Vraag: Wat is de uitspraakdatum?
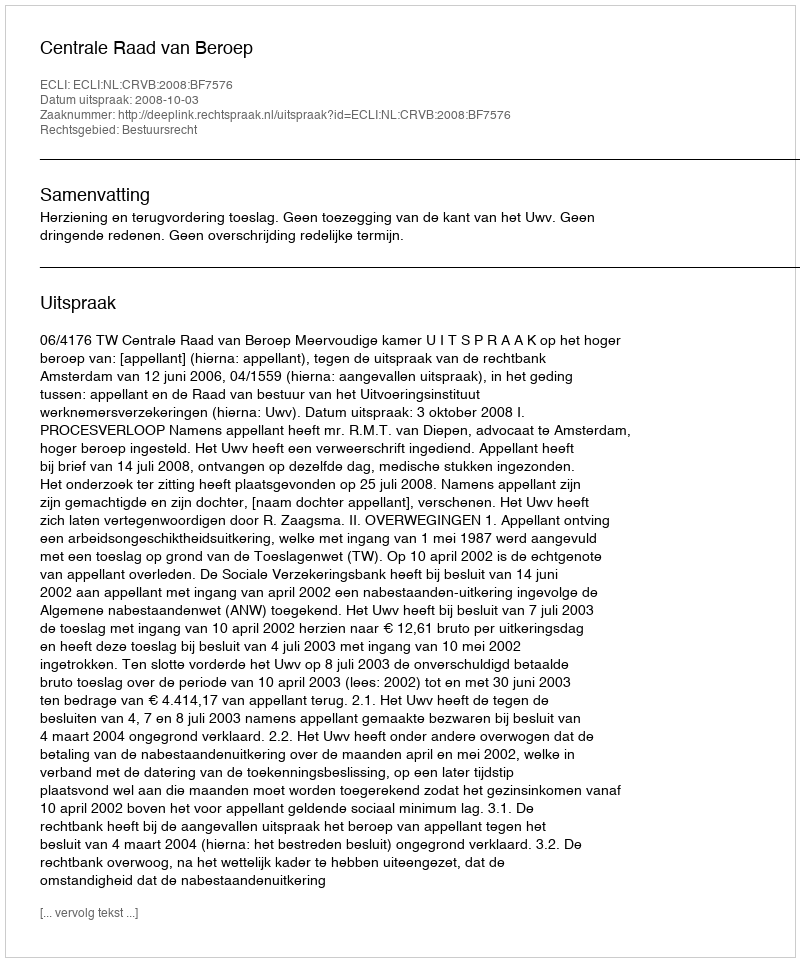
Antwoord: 2008-10-03